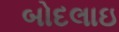
બોદલાઇ